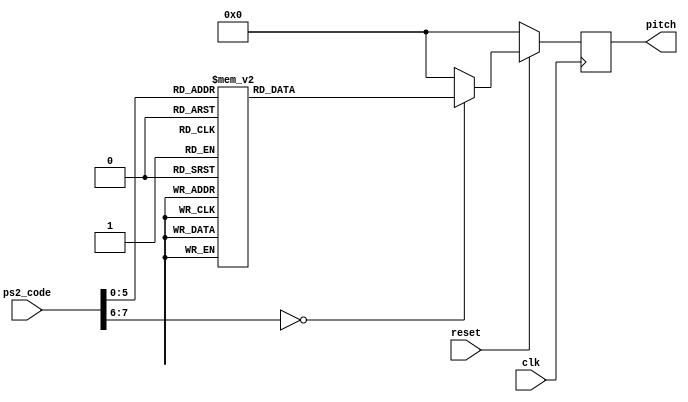
module key_to_pitch (
    input clk,
    input reset,
    input [7:0] ps2_code,
    output reg [4:0] pitch
);

always @(posedge clk) begin
    if (!reset) begin
        pitch <= 8'h00; // Reset ASCII code
    end
    else begin
		case (ps2_code)
			8'h1C: pitch <= 8; // 'a'
			8'h32: pitch <= 5; // 'b'
			8'h21: pitch <= 3; // 'c'
			8'h23: pitch <= 10; // 'd'
			8'h24: pitch <= 17; // 'e'
			8'h2B: pitch <= 11; // 'f'
			8'h34: pitch <= 12; // 'g'
			8'h33: pitch <= 13; // 'h'
			8'h3B: pitch <= 14; // 'j'
			8'h3A: pitch <= 7; // 'm'
			8'h31: pitch <= 6; // 'n'
			8'h15: pitch <= 15; // 'q'
			8'h2D: pitch <= 18; // 'r'
			8'h1B: pitch <= 9; // 's'
			8'h2C: pitch <= 19; // 't'
			8'h3C: pitch <= 21; // 'u'
			8'h2A: pitch <= 4; // 'v'
			8'h1D: pitch <= 16; // 'w'
			8'h22: pitch <= 2; // 'x'
			8'h35: pitch <= 20; // 'y'
			8'h1A: pitch <= 1; // 'z'
			default: pitch <= 0; // No valid key or other keys
		endcase
    end
end

endmodule